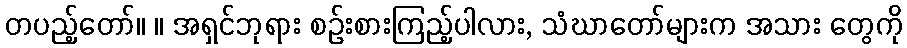
တပည့်တော်။ ။ အရှင်ဘုရား စဉ်းစားကြည့်ပါလား, သံဃာတော်များက အသား တွေကို